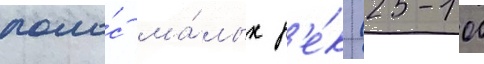
поло́с ма́лых р'е́к (25-100